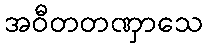
အဝီတတဏှာသေ